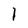
Character: I